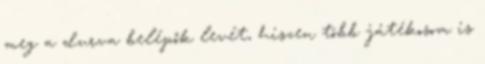
meg a durva belépők levét, hiszen több játékosom is